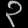
Digit: ၃